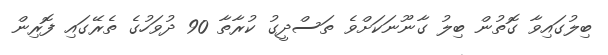
ބިލުގައިވާ ގޮތުން ބިލު ގާނޫނަކަށްވެ ތަސްދީގު ކުރާތާ 90 ދުވަހުގެ ތެރޭގައި ފޮރިން